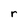
Character: r